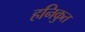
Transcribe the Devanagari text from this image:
हनिकुत